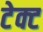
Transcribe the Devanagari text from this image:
टेक्ट